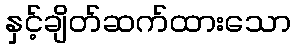
နှင့်ချိတ်ဆက်ထားသော